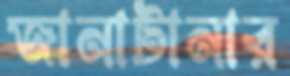
জানাটানার